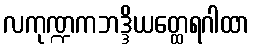
လကုဏ္ဍကဘဒ္ဒိယတ္ထေရဂါထာ